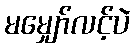
မမျှော်လင့်ပဲ